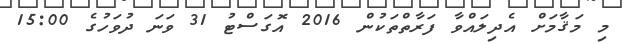
މި މަޤާމަށް އެދިލައްވާ ފަރާތްތަކުން 2016 އޮގަސްޓު 31 ވަނަ ދުވަހުގެ 15:00